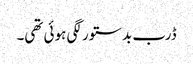
ڈرب بدستور لگی ہوئی تھی۔